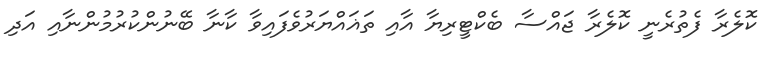
ކޮލެރާ ފެތުރެނީ ކޮލެރާ ޖައްސާ ބެކްޓީރިޔާ އާއި ތަޣައްޔަރުވެފައިވާ ކާނާ ބޭނުންކުރުމުންނާއި އަދި